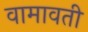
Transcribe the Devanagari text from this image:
वामावती